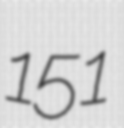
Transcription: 151